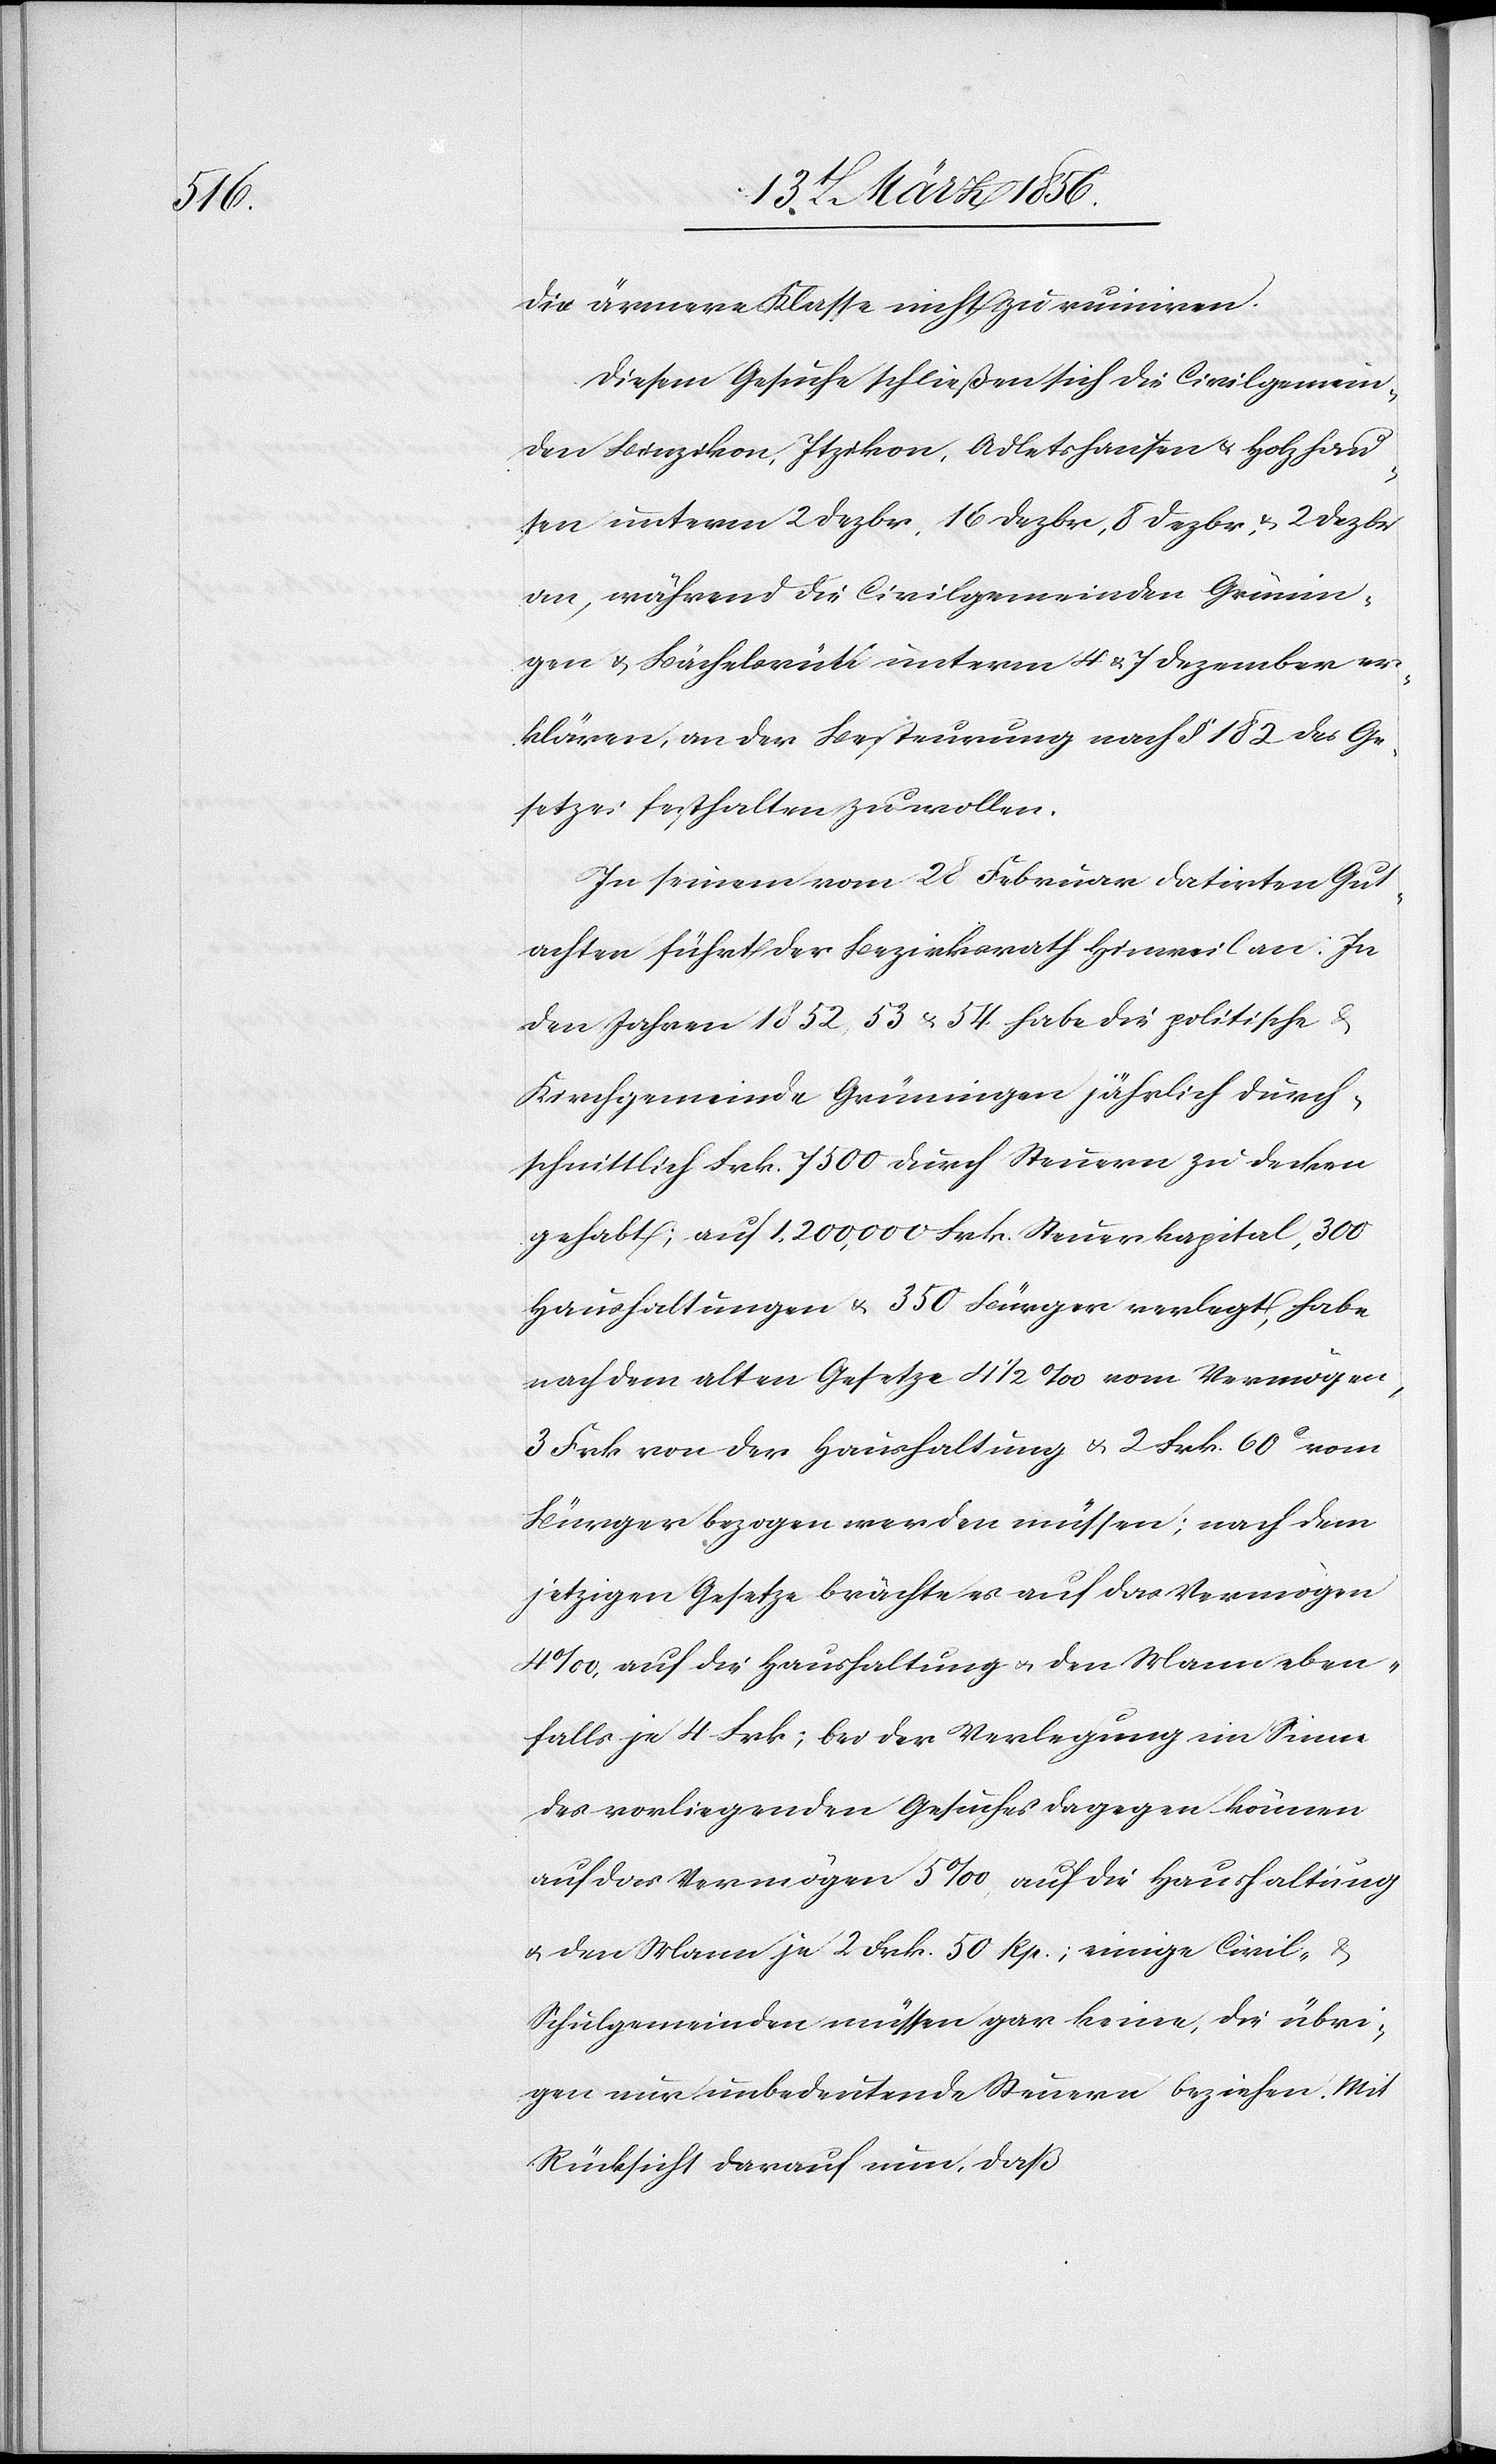
die ärmere Klasse nicht zu ruiniren.
Diesem Gesuche schließen sich die Civilgemein¬
den Binzikon, Itzikon, Adletshausen u. Holzhaus¬
en unterm 2 Dezbr, 16 Dezbr, 8 Dezbr, & 2 Dezbr
an, während die Civilgemeinden Grünin¬
gen & Bächelsrüti unterm 4 & 7 Dezember er¬
klären, an der Besteurung nach § 182 des Ge¬
setzes festhalten zu wollen.
In seinem vom 28 Februar datirten Gut¬
achten führt der Bezirksrath Hinweil an: In
den Jahren 1852, 53 & 54 habe die politische
Kirchgemeinde Grüningen jährlich durch¬
schnittlich Frk. 7500 durch Steuern zu decken
gehabt; auf 1,200,000 Frk. Steuerkapital, 300
Haushaltungen & 350 Bürger verlegt, habe
nach dem alten Gesetze 4½ ‰ vom Vermögen,
3 Frk von der Haushaltung & 2 Frk. 60c vom
Bürger bezogen werden müssen; nach dem
jetzigen Gesetze brächte es auf das Vermögen
4‰, auf die Haushaltung u. den Mann eben¬
falls je 4 Frk; bei der Verlegung im Sinne
des vorliegenden Gesuches dagegen können
auf das Vermögen 5‰, auf die Haushaltung
u. den Mann je 2 Frk. 50 Rp.; einige Civil- &
Schulgemeinden müssen gar keine, die übri¬
gen nur unbedeutende Steuern beziehen. Mit
Rücksicht darauf, daß